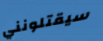
سيقتلونني